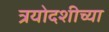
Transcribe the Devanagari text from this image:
त्रयोदशीच्या